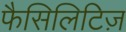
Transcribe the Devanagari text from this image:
फैसिलिटिज़